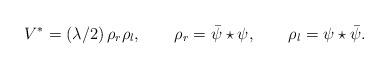
LaTeX: \begin{align*}V^*=(\lambda/2)\,\rho_{r}\rho_{l},\qquad\rho_{r}=\bar{\psi}\star\psi,\qquad\rho_{l}=\psi\star\bar{\psi}.\end{align*}